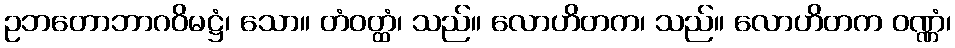
ဥဘတောဘာဂဝိမဋ္ဌံ၊ သော။ တံဝတ္ထံ၊ သည်။ လောဟိတက၊ သည်။ လောဟိတက ဝဏ္ဏံ၊